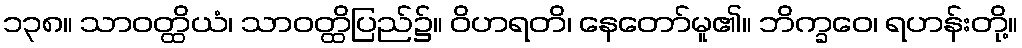
၁၃၈။ သာဝတ္ထိယံ၊ သာဝတ္ထိပြည်၌။ ဝိဟရတိ၊ နေတော်မူ၏။ ဘိက္ခဝေ၊ ရဟန်းတို့။